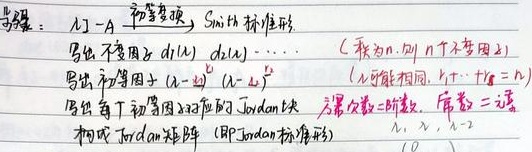
步骤：
1. 对 $\lambda I - A$ 进行初等变换，化为 Smith 标准形
2. 写出不变因子 $d_1(\lambda),d_2(\lambda),\cdots$ （$r$ 为 $A$ 的秩，共 $n$ 个不变因子）
3. 写出初等因子 $(\lambda - \lambda_1)^{k_1},(\lambda - \lambda_2)^{k_2},\cdots$ （$\lambda_i$ 可能相同，且 $k_1 + \cdots + k_s = n$）
4. 写出每个初等因子对应的 Jordan 块（若幂次数为 1 时，常数 = 1）
5. 构成 Jordan 矩阵（即 Jordan 标准形）

例如：$\lambda,\lambda - 2$